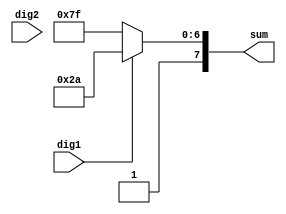
module sumModule(
    input dig1,
    input dig2,
    output [7:0] sum 
    );
	 reg  reg_dig1;
	 reg [7:0] reg_sum;
	 always@(*)begin
	 reg_dig1 = dig1;
		if (reg_dig1 == 1)
			reg_sum = 8'b10101010;
		else
			reg_sum = 8'b11111111;
		
	 end
	 
	 
	 assign sum = reg_sum;
	//assign sum [7:0] = dig1 + dig2;
	 


endmodule